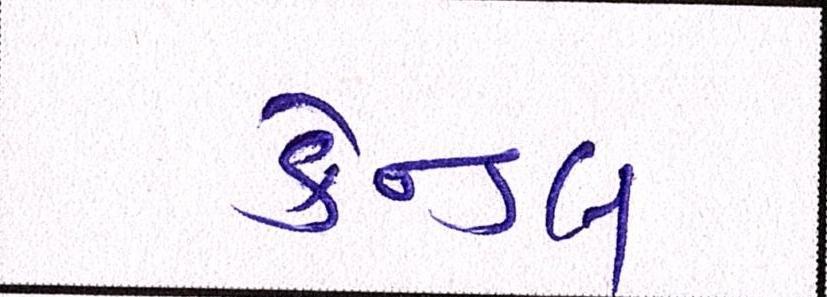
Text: કેન્ડલ